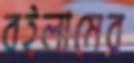
বইলামের